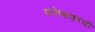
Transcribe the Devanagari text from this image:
कोणांकाची